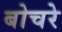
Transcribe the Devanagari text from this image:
बोचरे